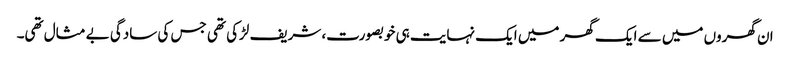
ان گھروں میں سے ایک گھر میں ایک نہایت ہی خوبصورت، شریف لڑکی تھی جس کی سادگی بے مثال تھی۔